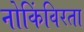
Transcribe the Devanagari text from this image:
नोकिंविरता